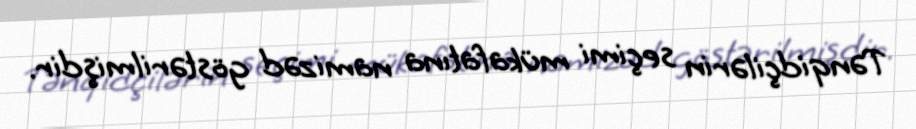
Tənqidçilərin seçimi mükafatına namizəd göstərilmişdir.